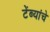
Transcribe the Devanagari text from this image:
टेंब्यांचे